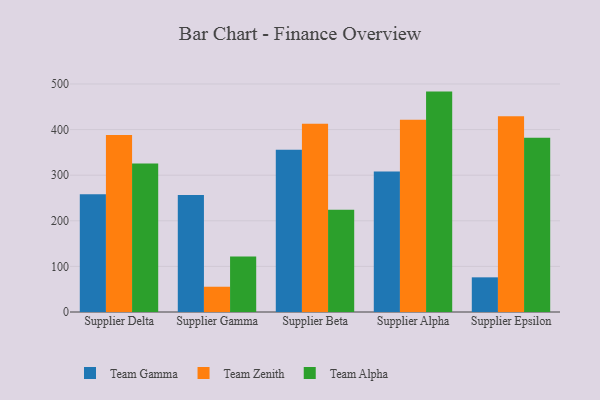
{"axis": {"x": "Supplier", "y": "Production Output"}, "legend": ["Team Alpha", "Team Gamma", "Team Zenith"], "data": [{"x": "Supplier Delta", "y": 258.2, "type": "Team Gamma"}, {"x": "Supplier Delta", "y": 388.3, "type": "Team Zenith"}, {"x": "Supplier Delta", "y": 325.8, "type": "Team Alpha"}, {"x": "Supplier Gamma", "y": 256.8, "type": "Team Gamma"}, {"x": "Supplier Gamma", "y": 55.4, "type": "Team Zenith"}, {"x": "Supplier Gamma", "y": 121.5, "type": "Team Alpha"}, {"x": "Supplier Beta", "y": 355.6, "type": "Team Gamma"}, {"x": "Supplier Beta", "y": 412.8, "type": "Team Zenith"}, {"x": "Supplier Beta", "y": 224.2, "type": "Team Alpha"}, {"x": "Supplier Alpha", "y": 308.2, "type": "Team Gamma"}, {"x": "Supplier Alpha", "y": 421.4, "type": "Team Zenith"}, {"x": "Supplier Alpha", "y": 483.3, "type": "Team Alpha"}, {"x": "Supplier Epsilon", "y": 76.0, "type": "Team Gamma"}, {"x": "Supplier Epsilon", "y": 429.2, "type": "Team Zenith"}, {"x": "Supplier Epsilon", "y": 382.2, "type": "Team Alpha"}]}